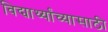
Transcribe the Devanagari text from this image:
विद्यार्थ्यांच्यासाठी